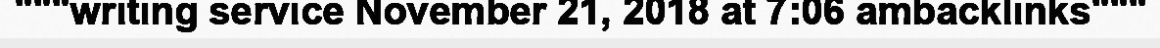
"""writing service November 21, 2018 at 7:06 ambacklinks"""